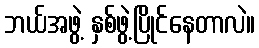
ဘယ်အဖွဲ့ နှစ်ဖွဲ့ပြိုင်နေတာလဲ။